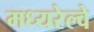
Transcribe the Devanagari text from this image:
मध्यरेल्वे